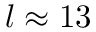
l \approx 1 3